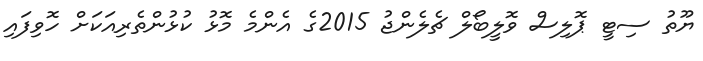
ޔޫތު ސިޓީ ޕޮލިސް ވޮލީބޯލް ޗެލެންޖު 2015ގެ އެންމެ މޮޅު ކުޅުންތެރިއަކަށް ހޮވިފައި